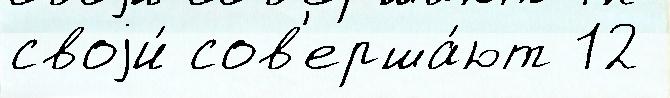
своjи́ сов'ерша́ют 12